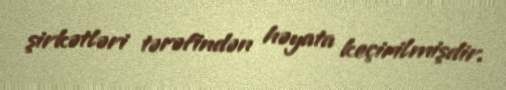
şirkətləri tərəfindən həyata keçirilmişdir.